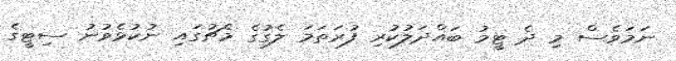
ނަމަވެސް މި ދެ ޓީމު ބައްދަލުކުރި ފުރަތަމަ ލެގުގެ މެޗުގައި ނުކުޅެވުނު ސިޓީގެ